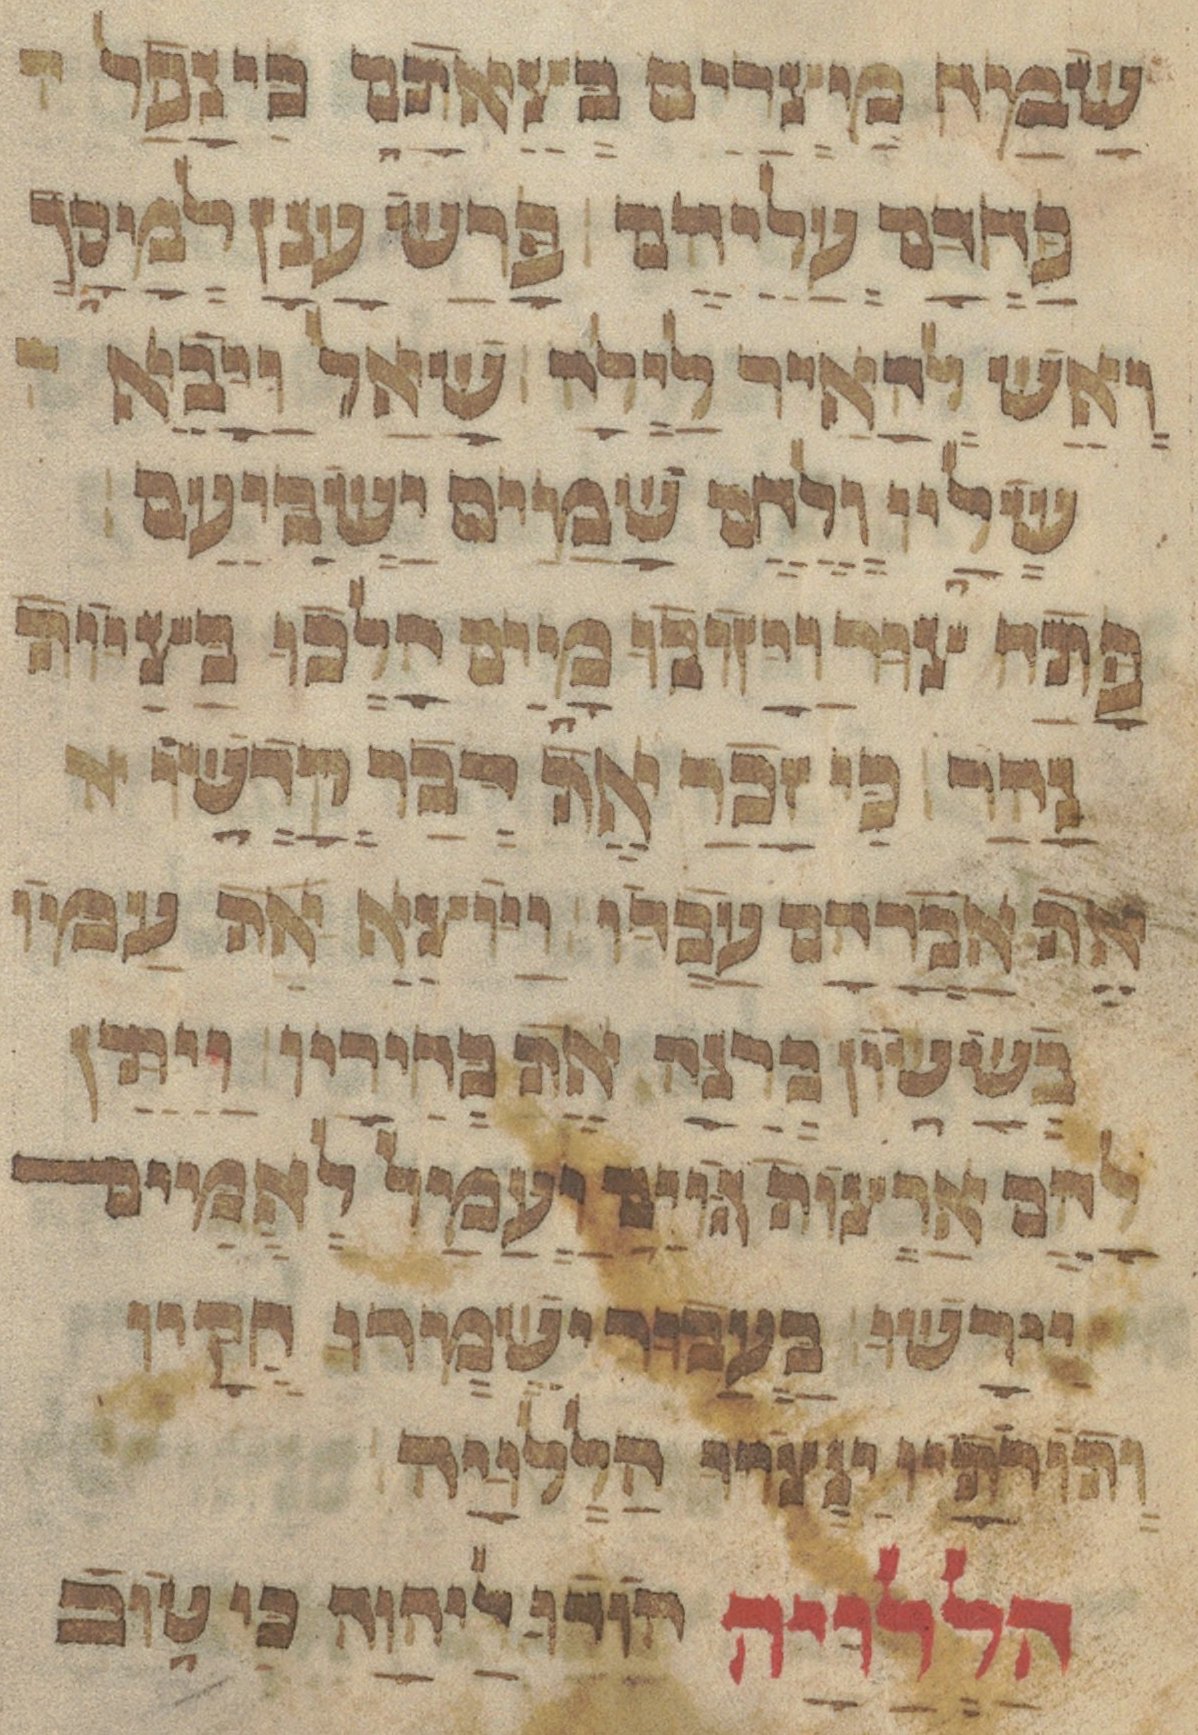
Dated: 1433–1433